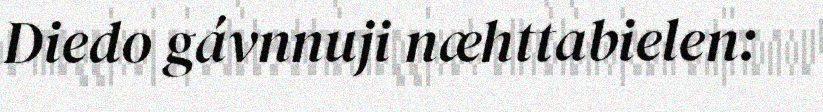
Diedo gávnnuji næhttabielen: